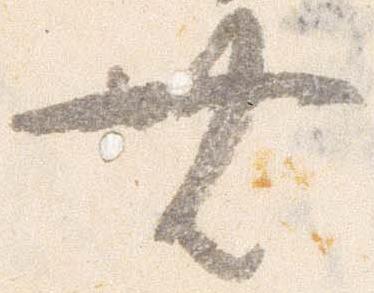
無